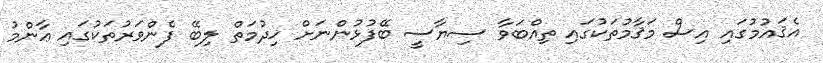
އެޤައުމުގައި އިސް މަޤާމުތަކުގައި ތިއްބަވާ ސިޔާސީ ބޭފުޅުންނަށް ޚިދުމަތް ލިބޭ ފެންވަރުތަކުގައި ޢާންމު